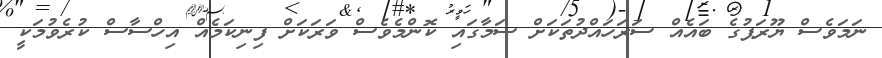
ނަމަވެސް ޔޫރަޕުގެ ބައެއް ސަރަހައްދުތަކަށް ސަމާގައި ކޮންމެވެސް ވަރަކަށް ފިނިކަމެއް އިހްސާސް ކުރެވުމަކީ